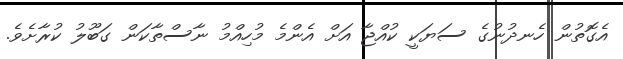
އެގޮތުން ހެނދުނުގެ ސަޔަކީ ކުއްޖާ އަށް އެންމެ މުހިއްމު ނާސްތާކަން ގަބޫލު ކުރާށެވެ.